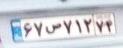
۶۷س۷۱۲۷۴